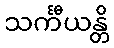
သင်္ကီယန္တိ